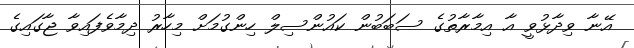
އޭނާ ވިދާޅުވީ އާ އިމާރާތުގެ ސަބަބުން ކައުންސިލް ހިންގުމަށް މިހާރު ދިމާވެފައިވާ ޖާގައިގެ